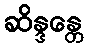
ဆိန္ဒန္တေ